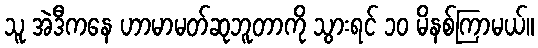
သူ အဲဒီကနေ ဟာမာမတ်ဆုဘူတာကို သွားရင် ၁၀ မိနစ်ကြာမယ်။